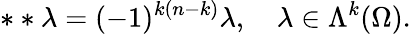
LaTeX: \ast\ast\lambda=(-1)^{k(n-k)}\lambda,\quad\lambda\in\Lambda^{k}(\Omega).